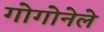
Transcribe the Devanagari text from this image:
गोगोनेले